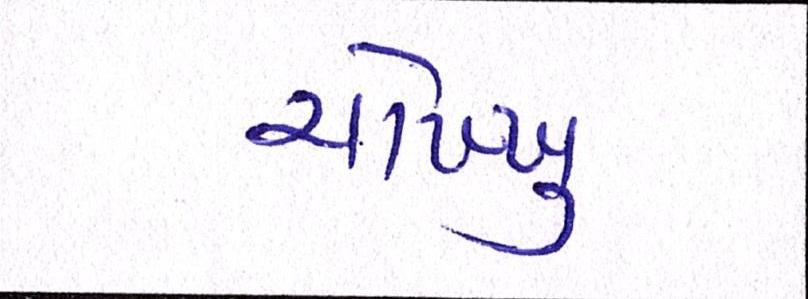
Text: ચોખ્ખુ